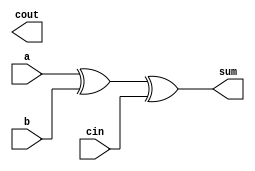
// Module Name: FullAdder
module FullAdder(
    input a, b, cin,
    output sum, cout
);
    assign sum = a ^ b ^ cin;
    assign carry = (a & b) | (cin & b) | (a & cin);
endmodule